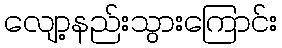
လျော့နည်းသွားကြောင်း